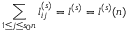
\sum _ { 1 \le j \le s _ { 0 } n } l _ { i j } ^ { ( s ) } = l ^ { ( s ) } = l ^ { ( s ) } ( n )